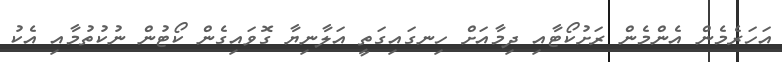
އަހަރެމެން އެންމެން ރަށުކޯޓާއި ދިމާއަށް ހިނގައިގަތީ އަލާނިޔާ ގޮވައިގެން ކޯޓުން ނުކުތުމާއި އެކު